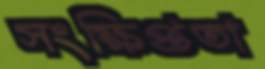
সংক্ষিপ্ততা